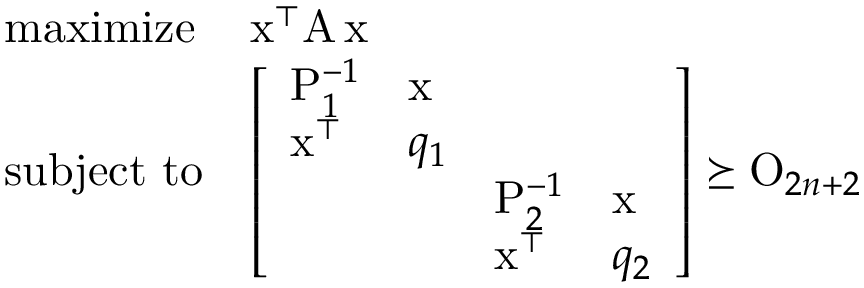
\begin{array} { l l } { \mathrm { m a x i m i z e } } & { \mathrm x ^ { \top } \mathrm A \, \mathrm x } \\ { \mathrm { s u b j e c t ~ t o } } & { \left[ \begin{array} { l l l l } { \mathrm P _ { 1 } ^ { - 1 } } & { \mathrm x } & & \\ { \mathrm x ^ { \top } } & { q _ { 1 } } & & \\ & & { \mathrm P _ { 2 } ^ { - 1 } } & { \mathrm x } \\ & & { \mathrm x ^ { \top } } & { q _ { 2 } } \end{array} \right] \succeq \mathrm O _ { 2 n + 2 } } \end{array}